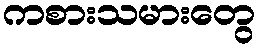
ကစားသမားတွေ